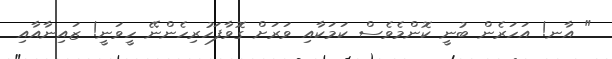
" އާނ! އަހަރެން ބުނީ ކޮންމެވެސް ކަމަކާއި ވަރަށް ގޮވާފަހުރިހެންނޭ ހީވަނީ! ޒައިނާއާއި